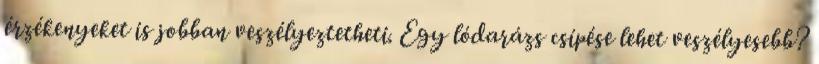
érzékenyeket is jobban veszélyeztetheti. Egy lódarázs csípése lehet veszélyesebb?